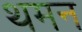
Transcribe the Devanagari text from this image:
थमन